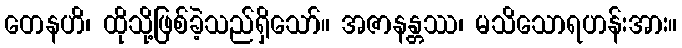
တေနဟိ၊ ထိုသို့ဖြစ်ခဲ့သည်ရှိသော်။ အဇာနန္တဿ၊ မသိသောရဟန်းအား။